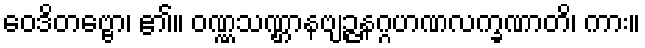
ဝေဒိတဗ္ဗော၊ ၏။ ဝဏ္ဏသဏ္ဌာနဗျဉ္ဇနဂ္ဂဟဏလက္ခဏာတိ၊ ကား။